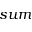
s u m